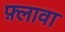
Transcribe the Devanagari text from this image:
फ़्लावा